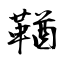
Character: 鞧